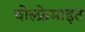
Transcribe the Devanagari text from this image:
वोल्फ्रेमाइट